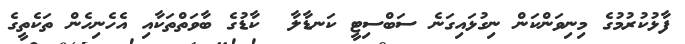
ފާޅުކުރުމުގެ މިނިވަންކަން ނިގުޅައިގަނެ ސަބްސިޓީ ކަނޑާލާ  ކާޑުގެ ބާވަތްތަކާއި އެހެނިހެން ތަކެތީގެ